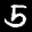
Label: 5